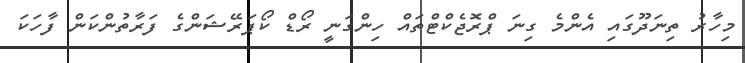
މިހާރު ތިނަދޫގައި އެންމެ ގިނަ ޕްރޮޖެކްޓްތައް ހިންގަނީ ރޯޑް ކޯޕަރޭޝަންގެ ފަރާތުންކަން ފާހަކަ